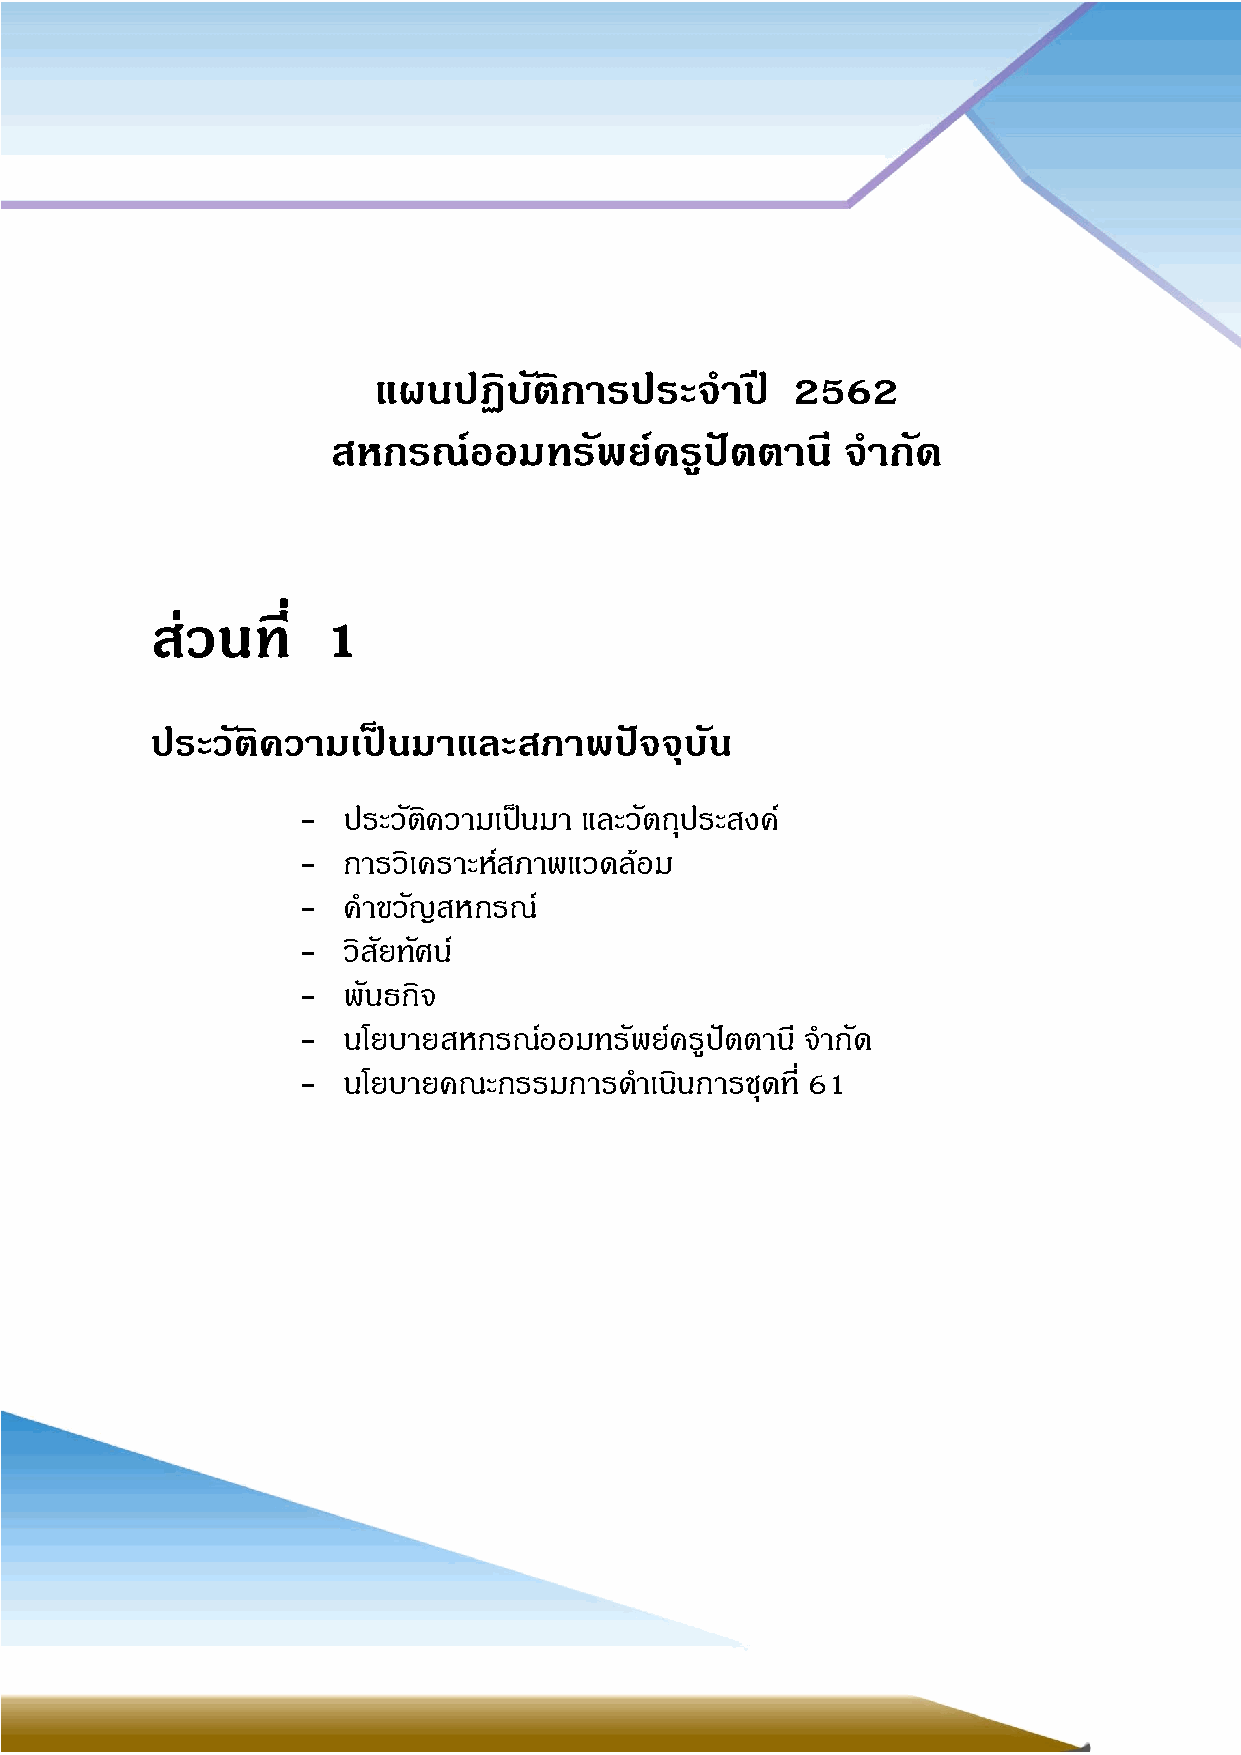
2
 แผนปฏิบตั   ิการประจ   าปี 2562
 สหกรณ์ออมทรัพย์ครูปัตตานี         จ ากัด
 ส่วนที่    1
 ประวัติความเป็นมาและสภาพปัจจุบัน
 -  ประวตั ิความเป็นมา และวัตถุประสงค์
 -  การวิเคราะห์สภาพแวดล้อม
 -  ค าขวัญสหกรณ ์
 -  วิสัยทัศน ์
 -  พันธกิจ
 -  นโยบายสหกรณ์ออมทรพั ย์ครูปตั ตานี จ ากัด
 -  นโยบายคณะกรรมการด  าเนินการชุดท ี่ 61